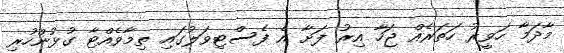
މާދަމާ ހަވީރު ހަތަރެއް ޖަހާ އިރު ފަށާ އެ ފެސްޓިވަލުގައި ތިމާވެއްޓާ ގުޅުންހުރި